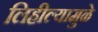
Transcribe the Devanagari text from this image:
लिहील्यामुळे